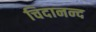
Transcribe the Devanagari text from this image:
चिदानन्‍द